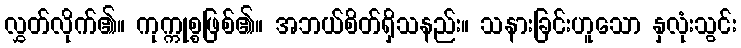
လွှတ်လိုက်၏။ ကုက္ကုစ္စဖြစ်၏။ အဘယ်စိတ်ရှိသနည်း။ သနားခြင်းဟူသော နှလုံးသွင်း